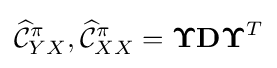
{\widehat {\mathcal {C}}}_{YX}^{\pi },{\widehat {\mathcal {C}}}_{XX}^{\pi }={\boldsymbol {\Upsilon }}\mathbf {D} {\boldsymbol {\Upsilon }}^{T}